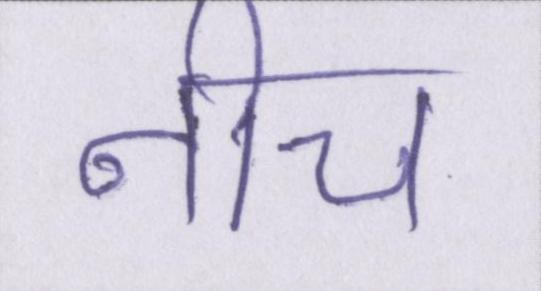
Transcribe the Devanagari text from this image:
नीच